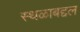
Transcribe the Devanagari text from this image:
स्थळाबद्दल